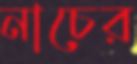
নাচের